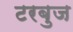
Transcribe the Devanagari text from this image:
टरबुज